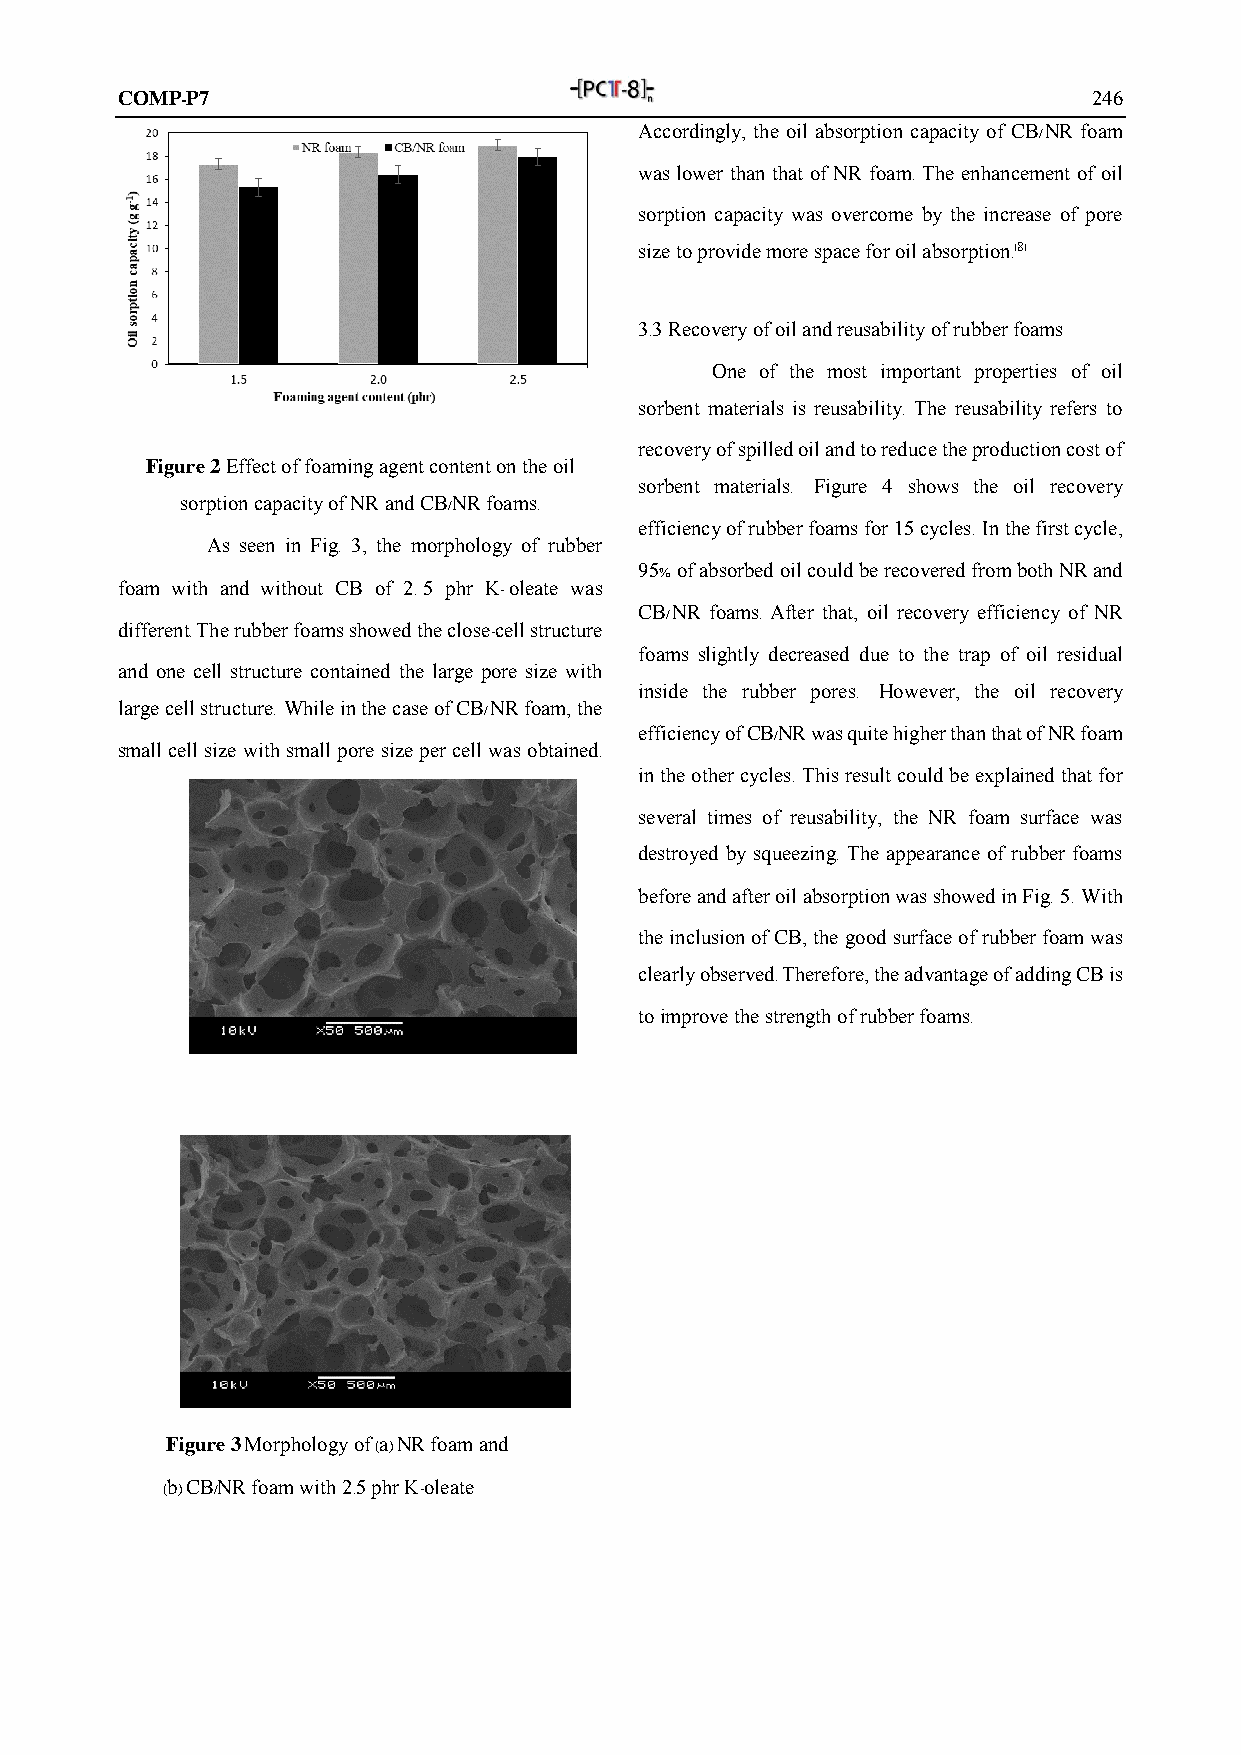
COMP-P7                                                         246
 Accordingly, the oil absorption capacity of CB/NR foam
 was lower than that of NR foam. The enhancement of oil
 sorption capacity was overcome by the increase of pore
 size to provide more space for oil absorption.[8]
 3.3 Recovery of oil and reusability of rubber foams
 One of the most important properties of oil
 sorbent materials is reusability. The reusability refers to
 recovery of spilled oil and to reduce the production cost of
 Figure 2 Effect of foaming agent content on the oil
 sorbent materials. Figure 4 shows the oil recovery
 sorption capacity of NR and CB/NR foams.
 efficiency of rubber foams for 15 cycles. In the first cycle,
 As seen in Fig. 3, the morphology of rubber
 95% of absorbed oil could be recovered from both NR and
 foam with and without CB of 2.5 phr K-oleate was
 CB/NR foams. After that, oil recovery efficiency of NR
 different. The rubber foams showed the close-cell structure
 foams slightly decreased due to the trap of oil residual
 and one cell structure contained the large pore size with
 inside the rubber pores. However, the oil recovery
 large cell structure. While in the case of CB/NR foam, the
 efficiency of CB/NR was quite higher than that of NR foam
 small cell size with small pore size per cell was obtained.
 in the other cycles. This result could be explained that for
 several times of reusability, the NR foam surface was
 destroyed by squeezing. The appearance of rubber foams
 before and after oil absorption was showed in Fig. 5. With
 the inclusion of CB, the good surface of rubber foam was
 clearly observed. Therefore, the advantage of adding CB is
 to improve the strength of rubber foams.
 Figure 3 Morphology of (a) NR foam and
 (b) CB/NR foam with 2.5 phr K-oleate